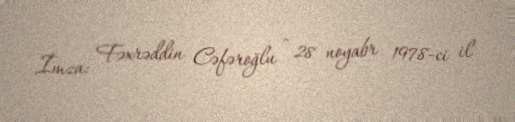
İmza: Fəxrəddin Cəfəroğlu - 28 noyabr 1978-ci il